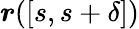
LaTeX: \boldsymbol{r}([s,s+\delta])